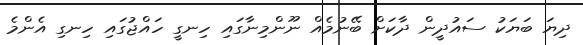
ދިޔަ ބަޔަކު ސައުދީން ދާކަށް ބޭނުމެއް ނޫންމިނާގައި ހިނގީ ހައްޖުގައި ހިނގި އެންމެ